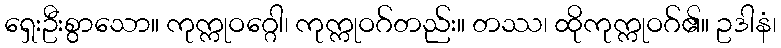
ရှေးဦးစွာသော။ ကုက္ကုဝဂ္ဂေါ၊ ကုက္ကုဝဂ်တည်း။ တဿ၊ ထိုကုက္ကုဝဂ်၏။ ဥဒါနံ၊